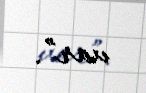
var”.